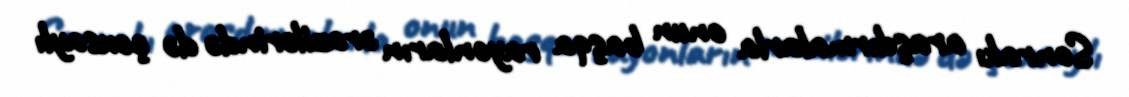
Sonrakı araşdırmalarla onun başqa rayonların ərazilərində də çoxsaylı